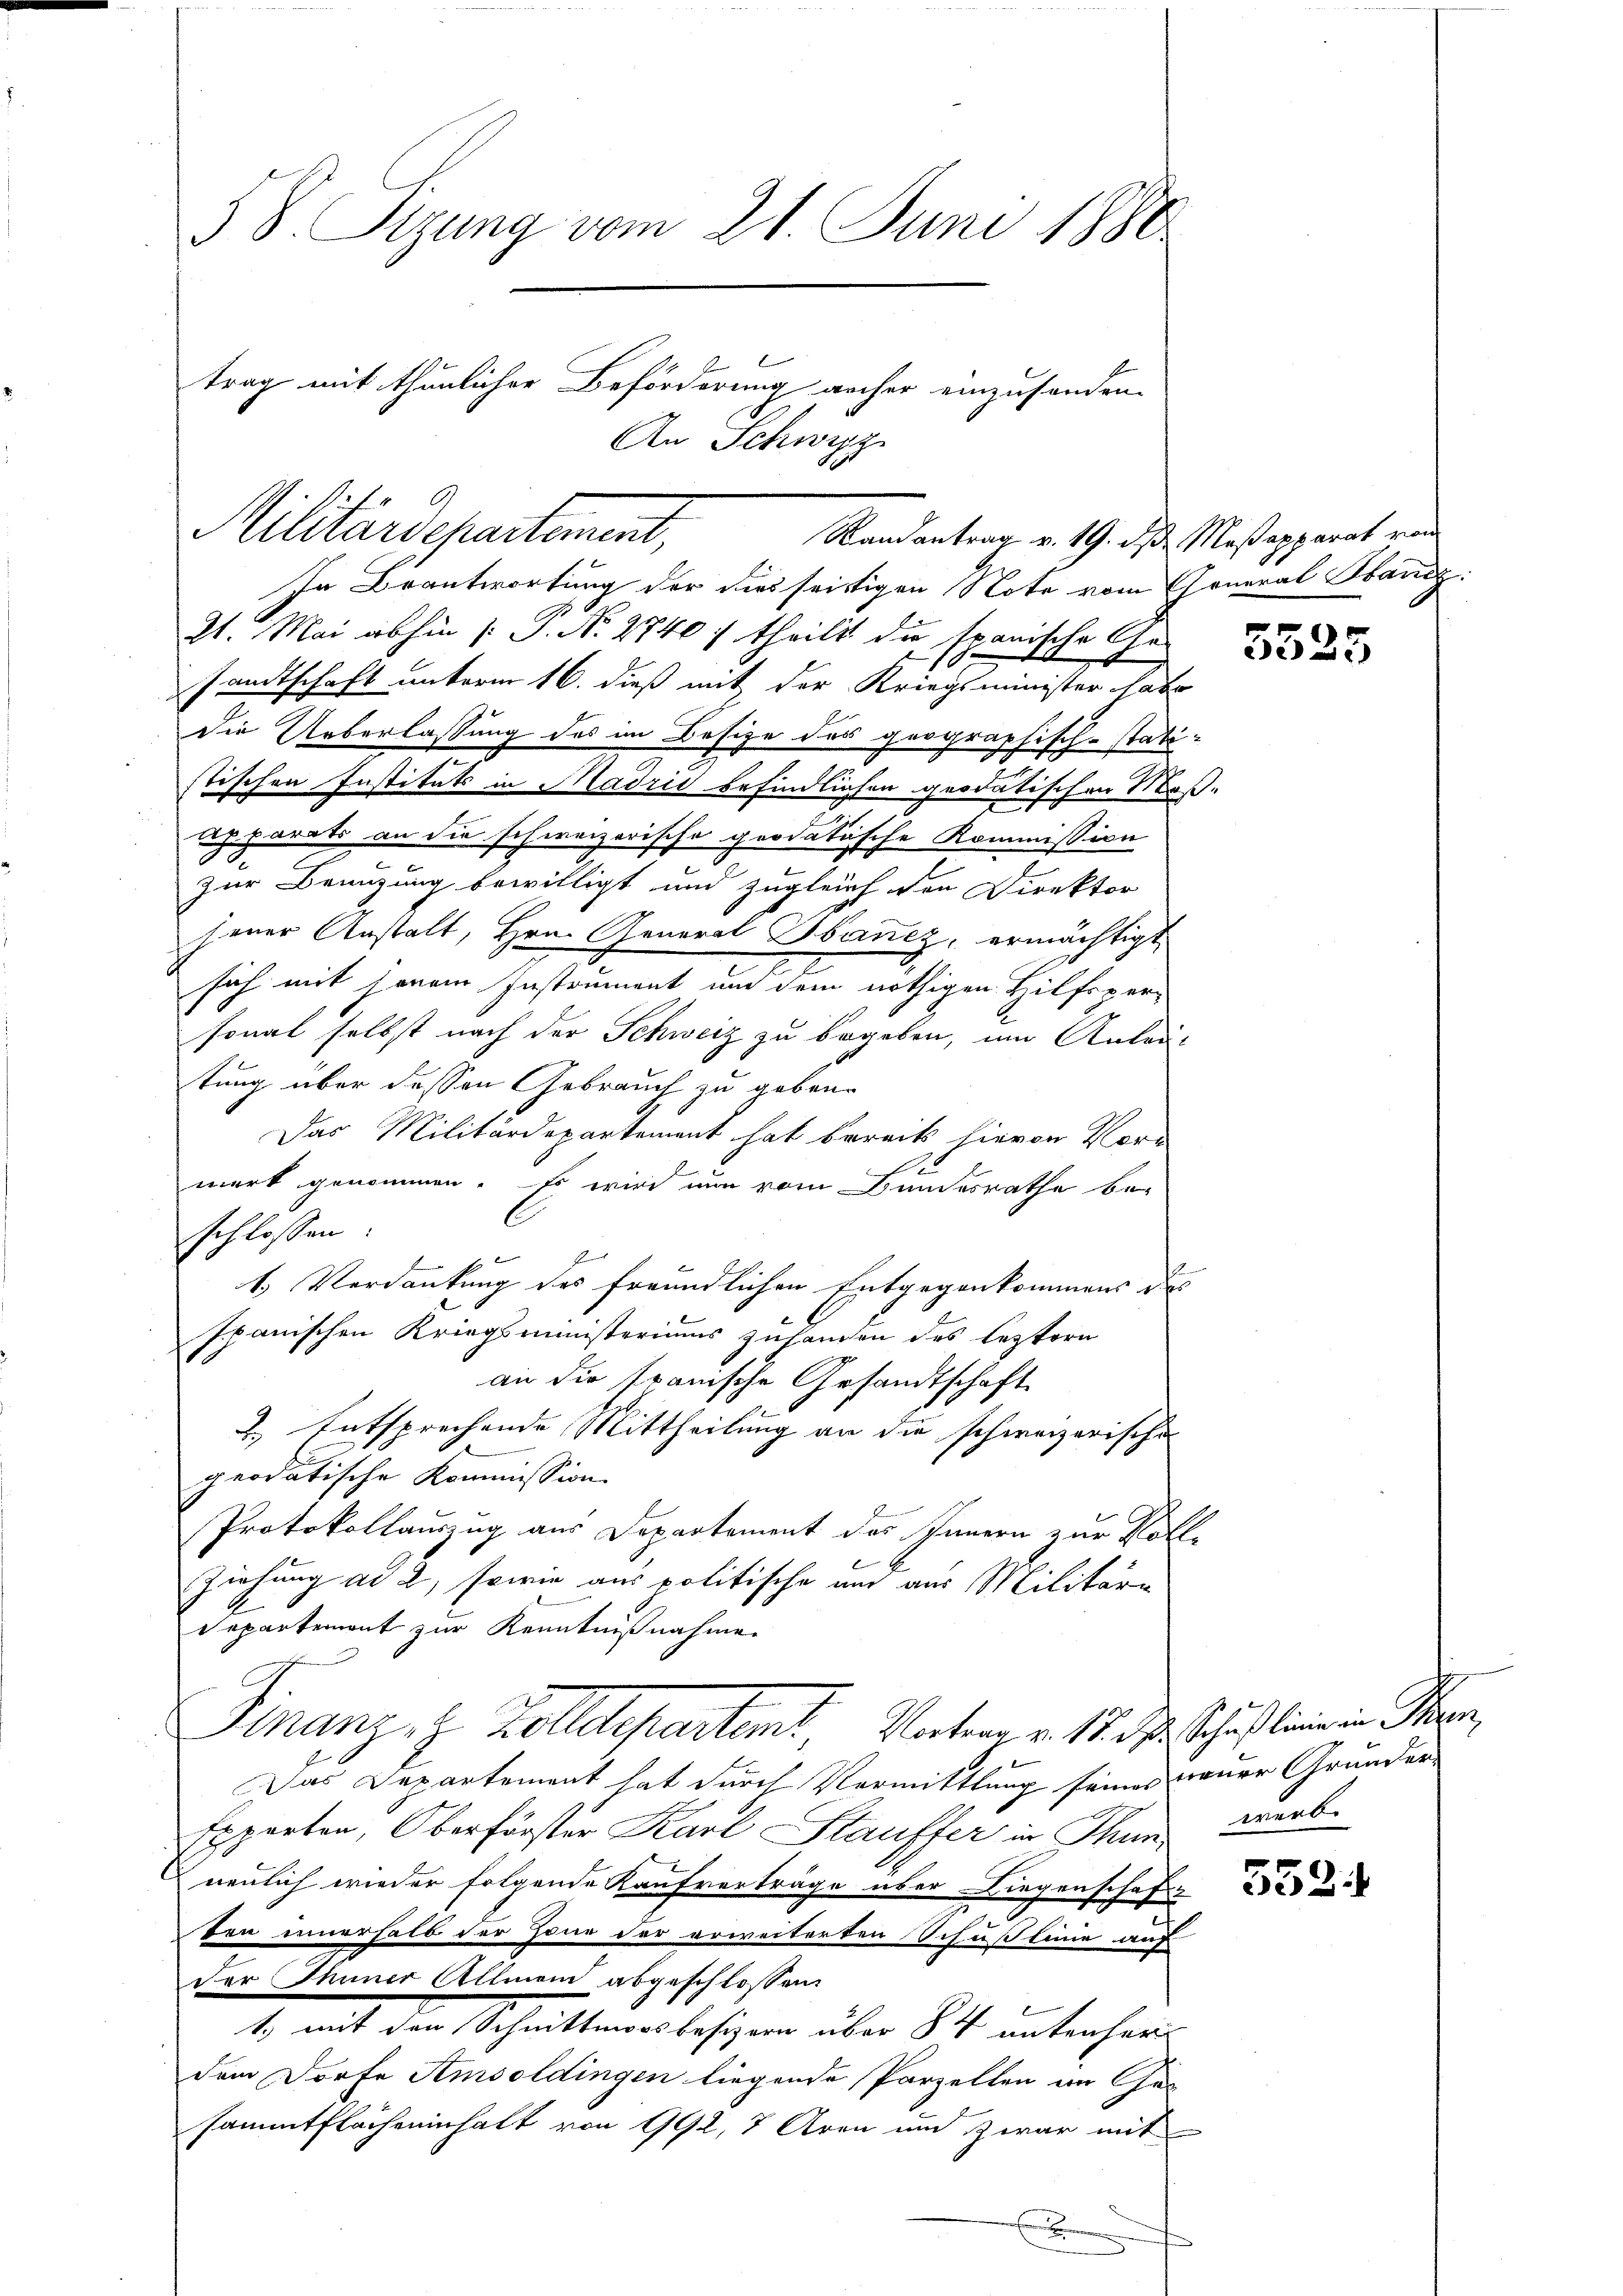
3 S. Tizung vom 21. Juni 1888
trag mit thunlicher Beförderung aucher einzusenden.
An Schwyz

Militärdepartement,
Randantrag v. 19. ds Meßapparat von

In Beantwortung der dies seitigen Note vom General Stanz:
21. Mai abhin /: P. Nr. 2740 f theilt die spanische Gesandtschaft unterm 16. dieß mit der Kriegsminister habe
die Ueberlassung des im Besize des geographisch-statistischen Instituts in Madrić befindlichen geodatischen Maß-
Apparats an die schweizerische geodatische Kommission
2
zur Benuzung bewilligt und zugleich den Direktor
jener Anstalt, Hrn. General Sanez, ermächtigt,
sich mit jenem Instrument und dem nöthigen Hilfspersonal selbst nach der Schweiz zu begeben, um Anleitung über dessen Gebrauch zu geben.
Das Militärdepartement hat bereits hievon Vor-
merk genommen. Es wird nun vom Bundesrathe be-
schlossen:
E
E
1. Verdankung des freundlichen Entgegenkommens des
Ihanischen Kriegsministeriums zuhanden des leztern
an die spanische Gesandtschaft
2.) Entsprechende Mittheilung an die schweizerische
peodatische Kommission.
Protokollauszug aus Departement des Innern zur Voll-
Ziehung ad 2, sowie aus politische und aus Militäre
Departemont zur Kenntnißnahmen
Finanz, z. Zolldepartent, Vater v. 18. d. Schaft eine in Man,
Das Departement hat durch Vormittlung seines neuer Grunder-
Experten, Oberförster Karl Stauffer in Thun
neulich wieder folgende Kaufverträge über Liegenschaf
von innerhalb der Zone der erweiterten Schußleine auf
der Thuner Allmein abgeschlossen.
1. mit den Schnittmoosbesizern über 84 untenher
dem Dorfe Amsoldingen liegende Parzellen in Gesammtflächeninhalt von 992, 7 Aren und zwar mit
n

5525

552.

werb.